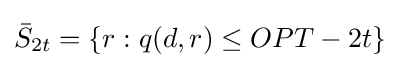
{\bar {S}}_{2t}=\{r:q(d,r)\leq OPT-2t\}\,\!